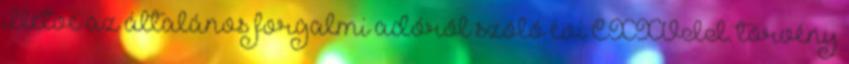
illetve az általános forgalmi adóról szóló évi CXXVII. törvény